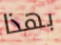
بهذا